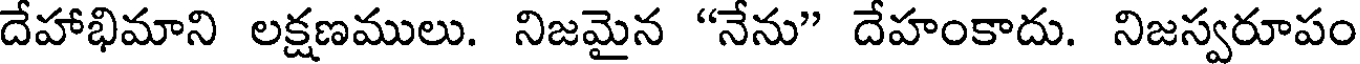
దేహాభిమాని లక్షణములు. నిజమైన "నేను" దేహంకాదు. నిజస్వరూపం